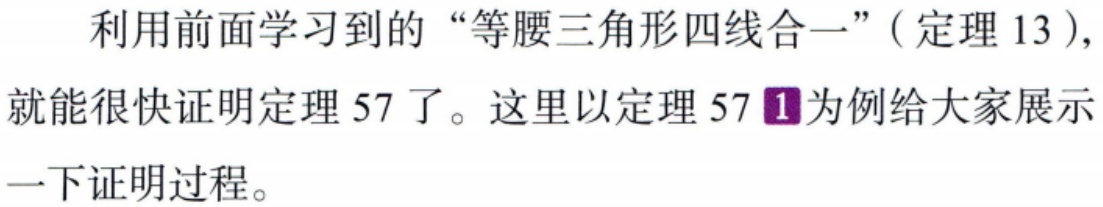
利用前面学习到的“等腰三角形四线合一”（定理 13），就能很快证明定理 57 了。这里以定理 57\(^{1}\)为例给大家展示一下证明过程。